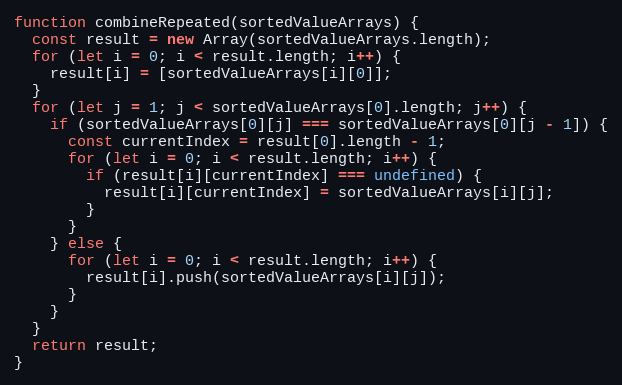
Language: JavaScript
function combineRepeated(sortedValueArrays) {
  const result = new Array(sortedValueArrays.length);
  for (let i = 0; i < result.length; i++) {
    result[i] = [sortedValueArrays[i][0]];
  }
  for (let j = 1; j < sortedValueArrays[0].length; j++) {
    if (sortedValueArrays[0][j] === sortedValueArrays[0][j - 1]) {
      const currentIndex = result[0].length - 1;
      for (let i = 0; i < result.length; i++) {
        if (result[i][currentIndex] === undefined) {
          result[i][currentIndex] = sortedValueArrays[i][j];
        }
      }
    } else {
      for (let i = 0; i < result.length; i++) {
        result[i].push(sortedValueArrays[i][j]);
      }
    }
  }
  return result;
}